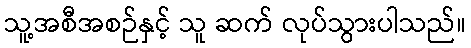
သူ့အစီအစဉ်နှင့် သူ ဆက် လုပ်သွားပါသည်။